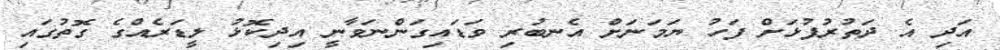
އަދި އެ ދަތުރުފުޅަށް ފަހު ޔަމަނަށް އެނބުރި ވަޑައިގަންނަވާނީ އިދިކޮޅު ލީޑަރެއްގެ ގޮތުގައި